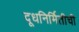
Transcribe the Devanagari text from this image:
दूधनिर्मितीची